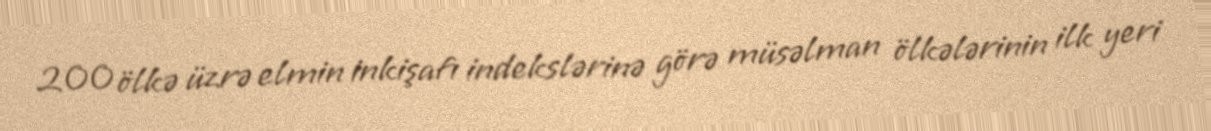
200 ölkə üzrə elmin inkişafı indekslərinə görə müsəlman ölkələrinin ilk yeri